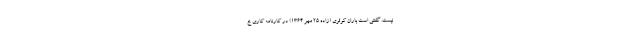
نیست. گفتنی است باران کوثری (زادهٔ ٢۵ مهر ١٣۶۴) در کارنامه کاری خ